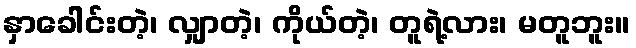
နှာခေါင်းတဲ့၊ လျှာတဲ့၊ ကိုယ်တဲ့၊ တူရဲ့လား၊ မတူဘူး။